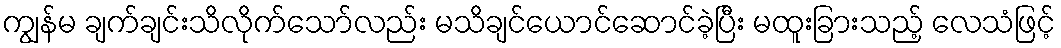
ကျွန်မ ချက်ချင်းသိလိုက်သော်လည်း မသိချင်ယောင်ဆောင်ခဲ့ပြီး မထူးခြားသည့် လေသံဖြင့်